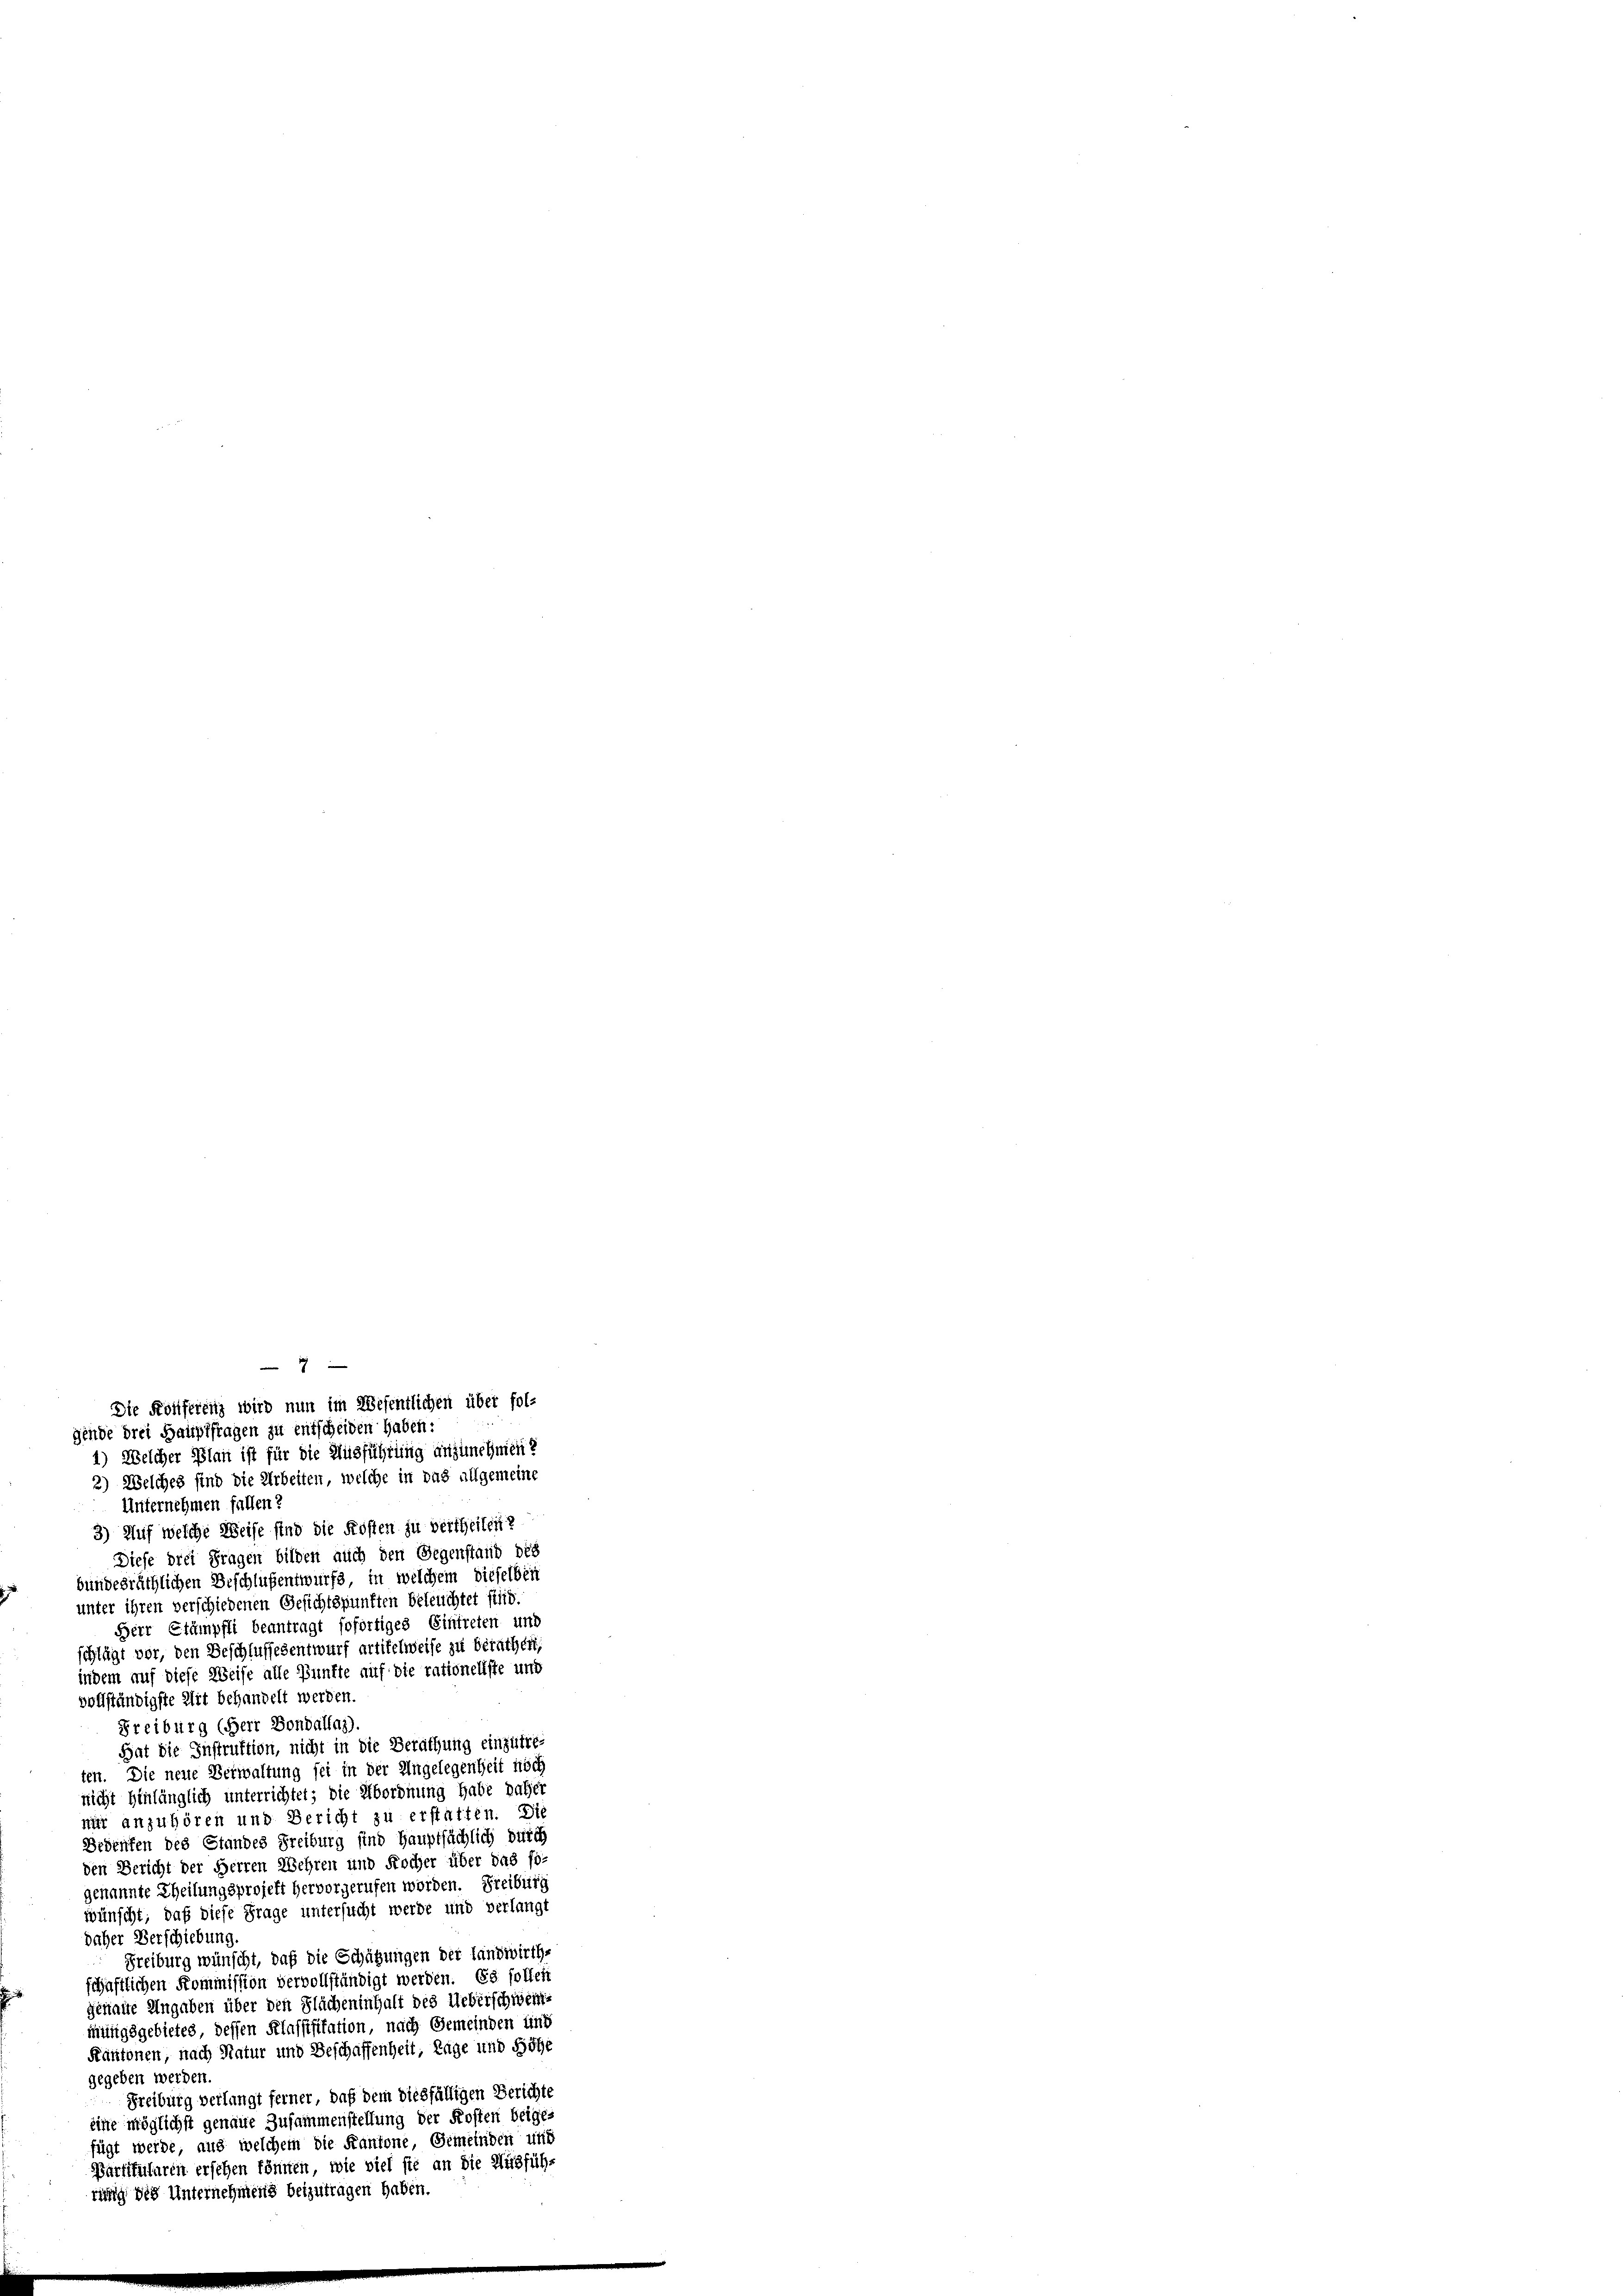
2) Welches sind die Arbeiten, welche in das allgemeine
Unternehmen fallen?
3) Auf welche Weise sind die Kosten zu vertheilen?
Diese drei Fragen bilden auch den Gegenstand des
bundesräthlichen Beschlussentwurfe, in welchem dieselben
unter ihren verschiedenen Gesichtspunkten beleuchtet sind.
Herr Stämpfli beantragt sofortiges Eintreten und
schlägt vor, den Beschlussesentwurf artikelweise zu berathen,
indem auf diese Weise alle Bünfte auf die rationellste und
vollständigste Mit behandelt werden.
Freiburg (Herr Bondallay)
Hat die Instruktion, nicht in die Berathung einzutreten. Die neue Verwaltung sei in der Angelegenheit noch
nicht hinlänglich unterrichtet; die Abordnung habe daher
nur anzuhören und Bericht zu erstatten. Die
Bedenfen des Standes Freiburg sind Hauptsächlich durch
den Bericht der Herren Wehren und Kocher über das fo-
genannte Theilungsprojekt hervorgerufen worden. Freiburg
wünscht; daß diese Frage untersucht werde und verlangt
daher Verschiebung
Freiburg wünscht, daß die Schätzungen der Landwirth-
schaftlichen Kommission vervollständigt werden. Es sollen
genaue Angaben über den Flächeninhalt des Ueberschwermungsgebietes dessen Klassisitation, nach Gemeinden und
Kantonen, nach Natur und Beschaffenheit, Lage und Höhe
gegeben werden.
Freiburg verlangt ferner, daß dem diesfälligen Berichte
eine möglichst genaue Zusammenstellung der Kosten beige
fügt werde, aus welchem die Kantone Gemeinden und
Barftfuluren ersehen können, wie viel sie an die Ausführ
rung des Unternehmens beizutragen haben.

1
Die Konferenz wird nun im Wesentlichen über fol-
gende drei Hauptfragen zu entscheiden haben:
1) Welcher Plan ist für die Ausführung anzunehmen?